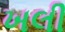
ખલી